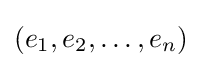
\left(e_{1},e_{2},\ldots ,e_{n}\right)